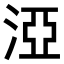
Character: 𣵾